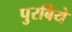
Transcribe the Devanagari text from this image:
पुरबिये